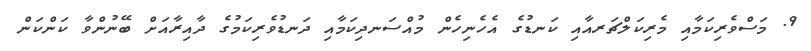
9. މަސްވެރިކަމާއި މެރިކަލްޗަރއާއި ކަނޑުގެ އެހެނިހެން މުއްސަނދިކަމާއި ދަނޑުވެރިކަމުގެ ދާއިރާއަށް ބޭނުންވާ ކަންކަން